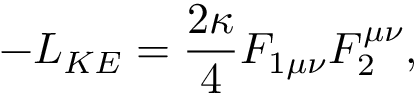
- { \cal L } _ { K E } = { \frac { 2 \kappa } { 4 } } F _ { 1 \mu \nu } F _ { 2 } ^ { \mu \nu } ,